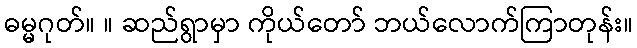
ဓမ္မဂုတ်။ ။ ဆည်ရွာမှာ ကိုယ်တော် ဘယ်လောက်ကြာတုန်း။